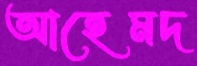
আহেমদ